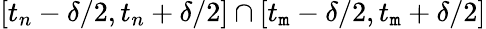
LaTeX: [t_{n}-\delta/2,t_{n}+\delta/2]\cap[t_{\mathtt{m}}-\delta/2,t_{\mathtt{m}}+\delta/2]